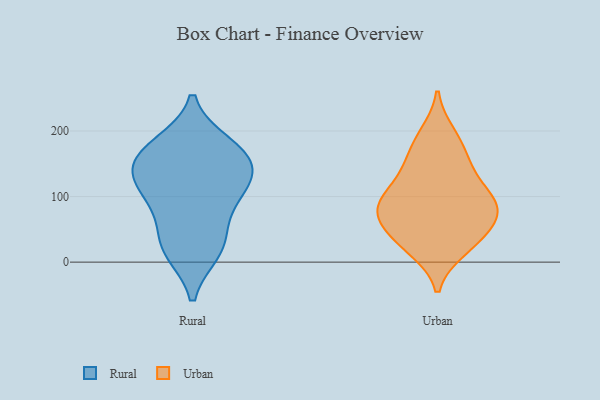
{"axis": {"x": "Revenue (USD Million)", "y": "Value"}, "legend": ["Rural", "Urban"], "data": [{"x": "", "y": 83, "type": "Rural"}, {"x": "", "y": 179, "type": "Rural"}, {"x": "", "y": 126, "type": "Rural"}, {"x": "", "y": 154, "type": "Rural"}, {"x": "", "y": 135, "type": "Rural"}, {"x": "", "y": 121, "type": "Rural"}, {"x": "", "y": 174, "type": "Rural"}, {"x": "", "y": 162, "type": "Rural"}, {"x": "", "y": 17, "type": "Rural"}, {"x": "", "y": 20, "type": "Rural"}, {"x": "", "y": 36, "type": "Rural"}, {"x": "", "y": 96, "type": "Rural"}, {"x": "", "y": 152, "type": "Urban"}, {"x": "", "y": 91, "type": "Urban"}, {"x": "", "y": 77, "type": "Urban"}, {"x": "", "y": 87, "type": "Urban"}, {"x": "", "y": 145, "type": "Urban"}, {"x": "", "y": 103, "type": "Urban"}, {"x": "", "y": 55, "type": "Urban"}, {"x": "", "y": 28, "type": "Urban"}, {"x": "", "y": 183, "type": "Urban"}, {"x": "", "y": 20, "type": "Urban"}, {"x": "", "y": 195, "type": "Urban"}, {"x": "", "y": 82, "type": "Urban"}, {"x": "", "y": 127, "type": "Urban"}, {"x": "", "y": 83, "type": "Urban"}, {"x": "", "y": 29, "type": "Urban"}, {"x": "", "y": 55, "type": "Urban"}]}